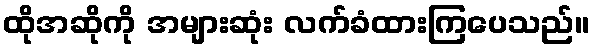
ထိုအဆိုကို အများဆုံး လက်ခံထားကြပေသည်။